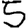
Digit: 5